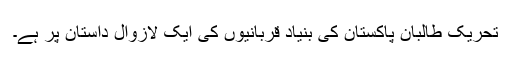
تحریک طالبان پاکستان کی بنیاد قربانیوں کی ایک لازوال داستان پر ہے۔